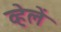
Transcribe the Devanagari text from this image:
व्हेलें